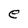
Character: e